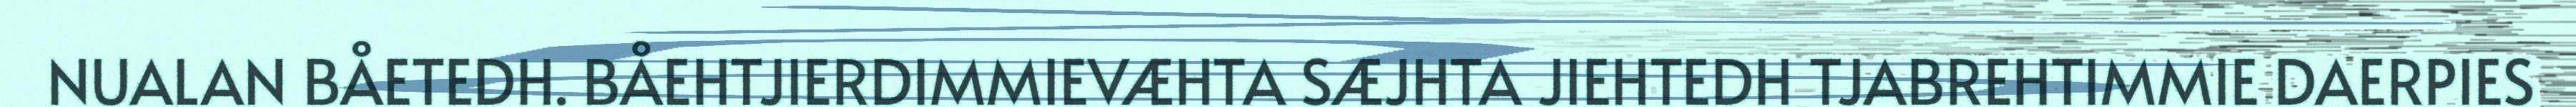
NUALAN BÅETEDH. BÅEHTJIERDIMMIEVÆHTA SÆJHTA JIEHTEDH TJABREHTIMMIE DAERPIES